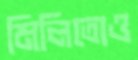
মিলিতোও